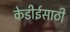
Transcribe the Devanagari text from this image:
केडीईसाठी